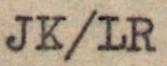
JK/LR